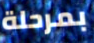
بمرحلة